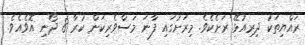
ރައްޔިތަކު ދިރިއުޅޭ ރަށެކެވެ. މިރަށުގައި ފާނަ މަސްވެރިކަން ކުރާ 8 ދޯނި އޮވެއެވެ.